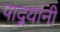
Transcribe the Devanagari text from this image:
पाद्र्यांनी